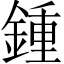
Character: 鍾